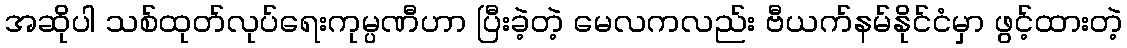
အဆိုပါ သစ်ထုတ်လုပ်ရေးကုမ္ပဏီဟာ ပြီးခဲ့တဲ့ မေလကလည်း ဗီယက်နမ်နိုင်ငံမှာ ဖွင့်ထားတဲ့